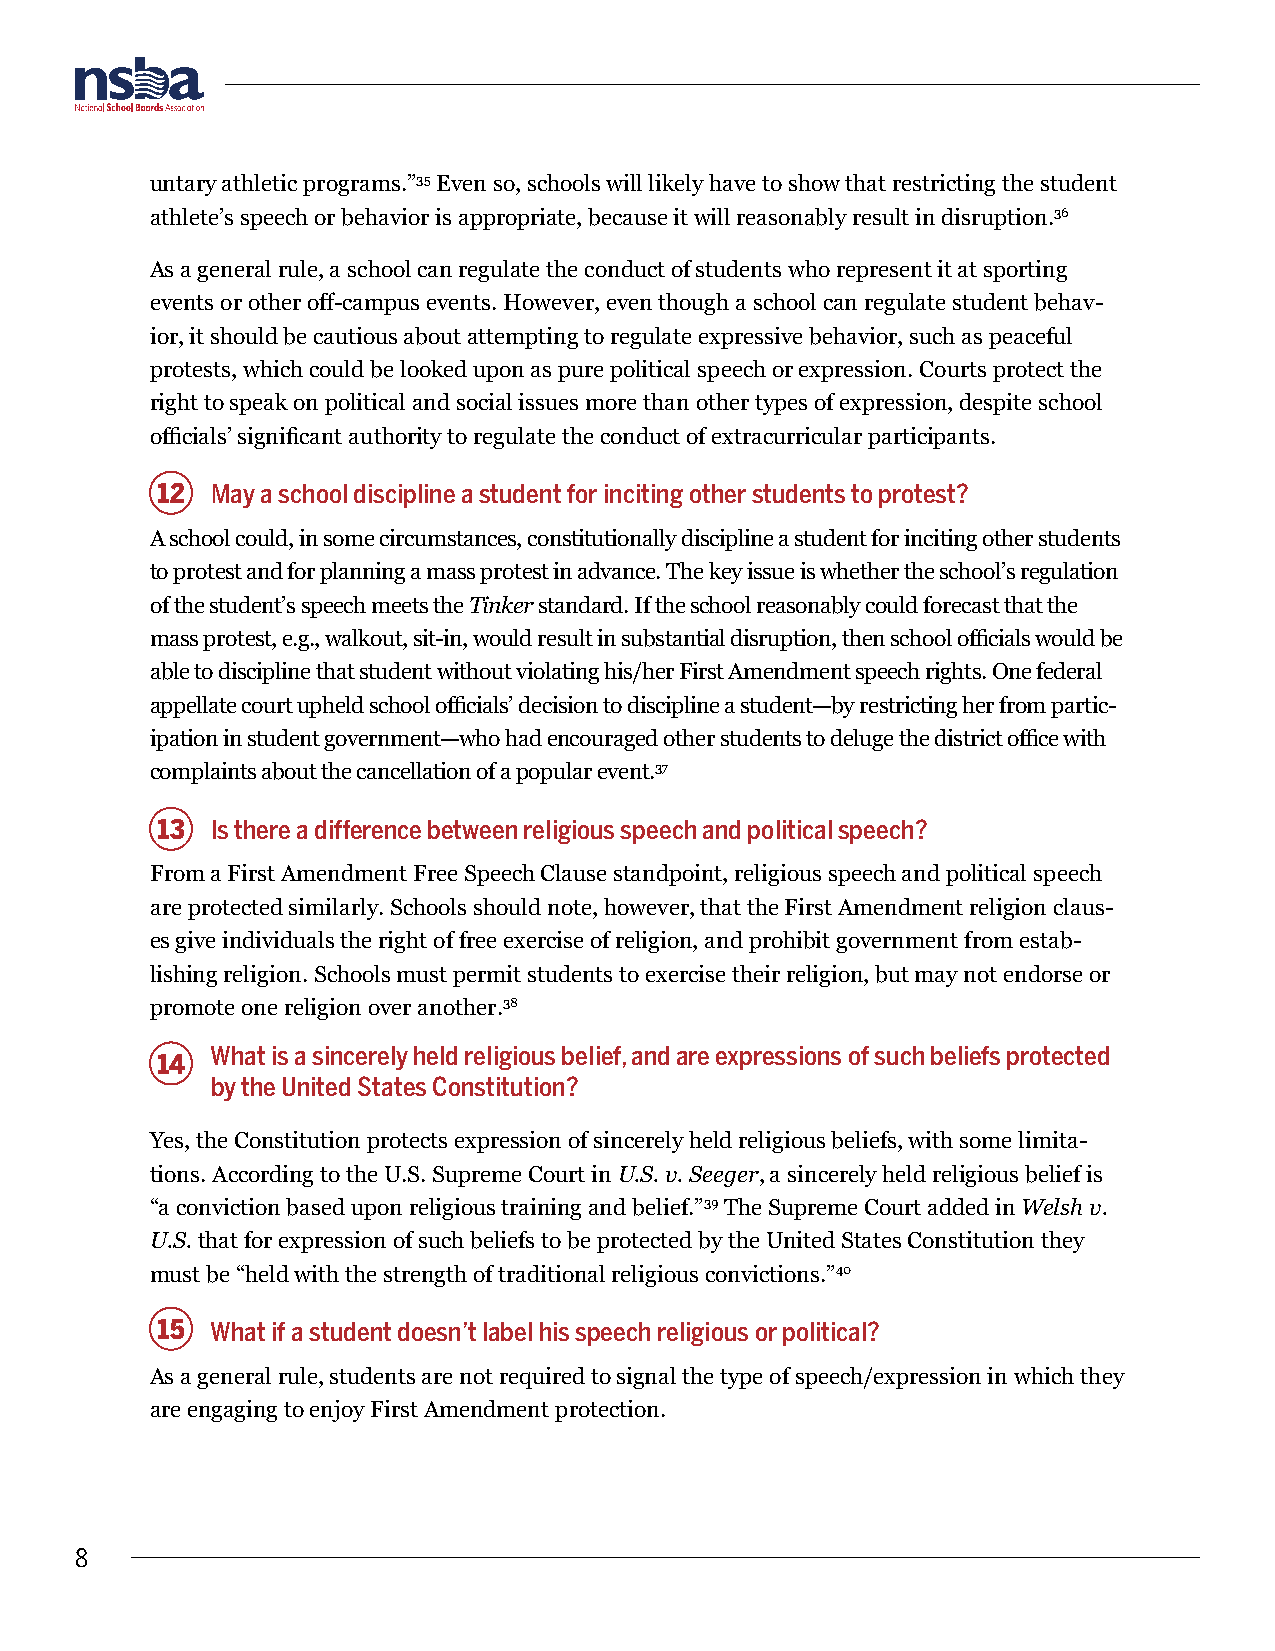
untary athletic programs.”35 Even so, schools will likely have to show that restricting the student
 athlete’s speech or behavior is appropriate, because it will reasonably result in disruption.36
 As a general rule, a school can regulate the conduct of students who represent it at sporting
 events or other off-campus events. However, even though a school can regulate student behav-
 ior, it should be cautious about attempting to regulate expressive behavior, such as peaceful
 protests, which could be looked upon as pure political speech or expression. Courts protect the
 right to speak on political and social issues more than other types of expression, despite school
 officials’ significant authority to regulate the conduct of extracurricular participants.
 12  May a school discipline a student for inciting other students to protest?
 A school could, in some circumstances, constitutionally discipline a student for inciting other students
 to protest and for planning a mass protest in advance. The key issue is whether the school’s regulation
 of the student’s speech meets the Tinker standard. If the school reasonably could forecast that the
 mass protest, e.g., walkout, sit-in, would result in substantial disruption, then school officials would be
 able to discipline that student without violating his/her First Amendment speech rights. One federal
 appellate court upheld school officials’ decision to discipline a student—by restricting her from partic-
 ipation in student government—who had encouraged other students to deluge the district office with
 complaints about the cancellation of a popular event.37
 13  Is there a difference between religious speech and political speech?
 From a First Amendment Free Speech Clause standpoint, religious speech and political speech
 are protected similarly. Schools should note, however, that the First Amendment religion claus-
 es give individuals the right of free exercise of religion, and prohibit government from estab-
 lishing religion. Schools must permit students to exercise their religion, but may not endorse or
 promote one religion over another.38
 What is a sincerely held religious belief, and are expressions of such beliefs protected
 14
 by the United States Constitution?
 Yes, the Constitution protects expression of sincerely held religious beliefs, with some limita-
 tions. According to the U.S. Supreme Court in U.S. v. Seeger, a sincerely held religious belief is
 “a conviction based upon religious training and belief.”39 The Supreme Court added in Welsh v.
 U.S. that for expression of such beliefs to be protected by the United States Constitution they
 must be “held with the strength of traditional religious convictions.”40
 15  What if a student doesn’t label his speech religious or political?
 As a general rule, students are not required to signal the type of speech/expression in which they
 are engaging to enjoy First Amendment protection.
 8